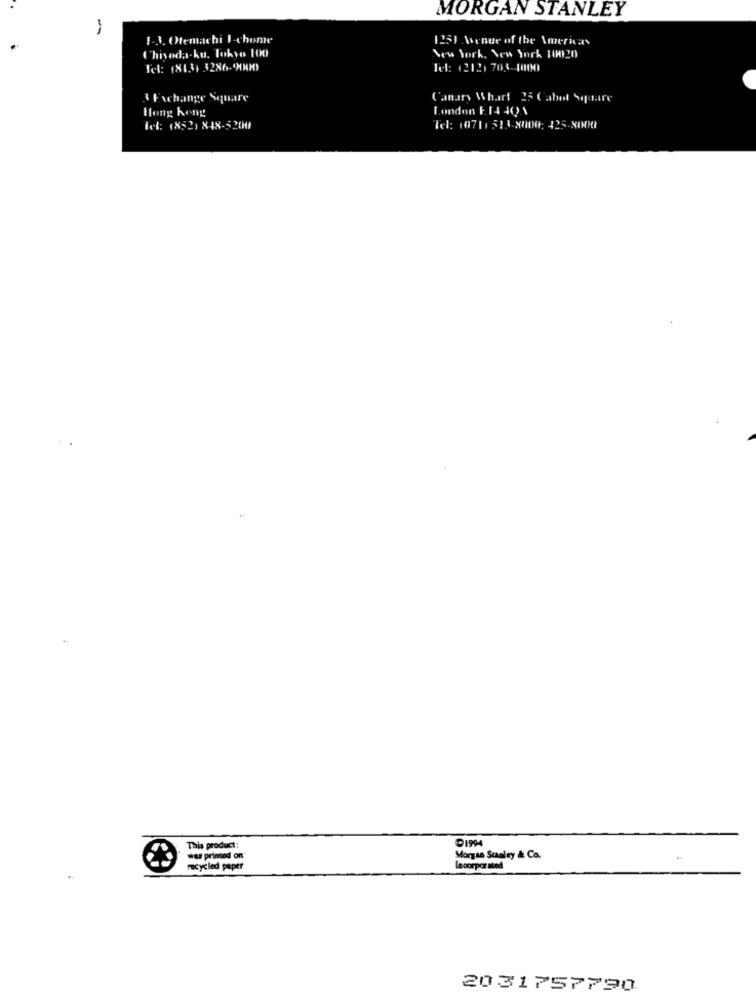
-
MORGAN STANLEY
1-3. Otemachi 1-chome
1251 Avenue of the Americas
Chiyoda-ku, Tokyo 100
New York, New York 10020
Tel: 18131 3286-99000
Tel: 12121 703-1000
3 Exchange Square
Canary Whart 25 Cabot Square
Hong kong
London F.14 401
Tel: 18521 848-5200
Tel: 19711 513-8000: 425-8000
D1994
This product:
was primed on
Morgan Sualey & Co.
recycled paper
Lecorporated
2031757790